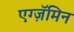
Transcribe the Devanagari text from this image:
एग्ज़ॅमिन